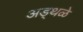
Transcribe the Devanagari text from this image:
अड्थळे